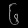
Digit: ၆